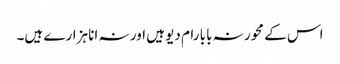
اس کے محور نہ بابا رام دیو ہیں اور نہ انا ہزارے ہیں۔